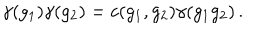
\gamma ( g _ { 1 } ) \gamma ( g _ { 2 } ) = c ( g _ { 1 } , g _ { 2 } ) \gamma ( g _ { 1 } g _ { 2 } ) \, .